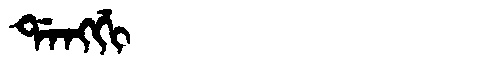
Manchu: ᡩᠠᠩᡤᡳ
Romanization: DANGGI